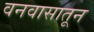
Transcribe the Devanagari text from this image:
वनवासातून